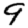
Digit: 9